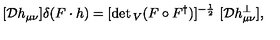
[ { \cal D } h _ { \mu \nu } ] \delta ( F \cdot h ) = [ \det { } _ { V } ( F \circ F ^ { \dag } ) ] ^ { - { \frac { 1 } { 2 } } } \ [ { \cal D } h _ { \mu \nu } ^ { \perp } ] ,